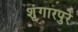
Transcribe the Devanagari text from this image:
शृंगारपुरे